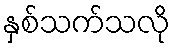
နှစ်သက်သလို